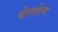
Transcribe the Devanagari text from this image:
घेतलेल्य